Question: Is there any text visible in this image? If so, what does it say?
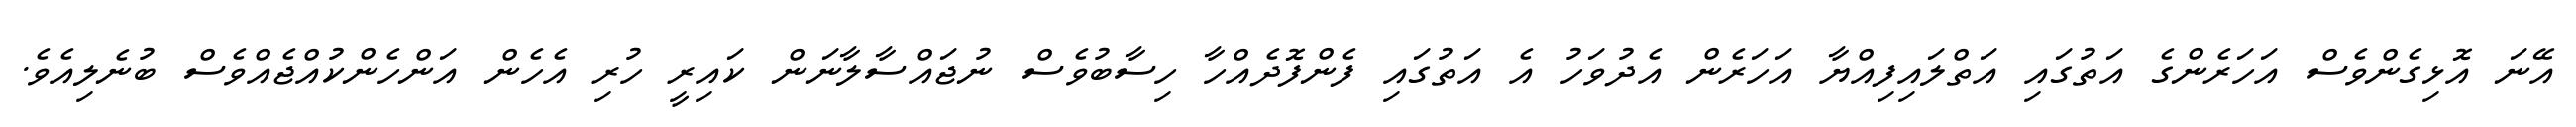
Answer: އޭނަ އޮޅިގެންވެސް އަހަރެންގެ އަތުގައި އަތްލައިފިއްޔާ އަހަރެން އެދުވަހު އެ އަތުގައި ފެންފޮދެއްހާ ހިސާބުވެސް ނުޖައްސާލާނަން ކައިރީ ހުރި އެހެން އަންހެންކުއްޖެއްވެސް ބުނެލިއެވެ.